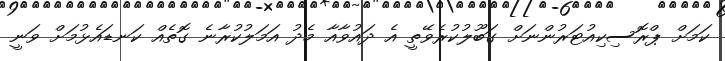
ކަމަށް ޕްރޮސިކިއުޓަރުންނަށް ގަބޫލުކުރެވޭތީ އެ ދައުވާއާ މެދު އަމަލުކުރާނެ ގޮތެއް ކަނޑައެޅުމަށް ވަނީ